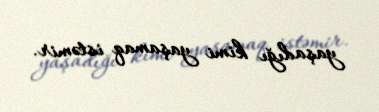
yaşadığı kimi yaşamaq istəmir.